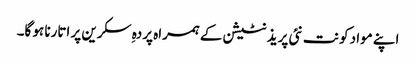
اپنے مواد کو نت نئی پریذنٹیشن کے ہمراہ پردہِ سکرین پر اتارنا ہو گا۔